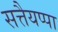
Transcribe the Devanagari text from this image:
सत्तैयप्पा